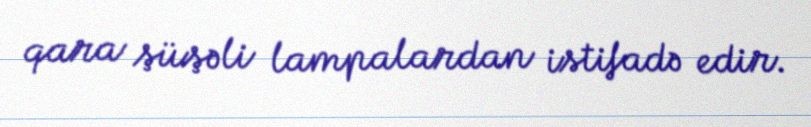
qara şüşəli lampalardan istifadə edir.